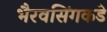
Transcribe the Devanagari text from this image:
भैरवसिंगकडे